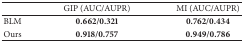
<table><thead><tr><td><b> </b></td><td><b>GIP (AUC/AUPR)</b></td><td><b>MI (AUC/AUPR)</b></td></tr></thead><tbody><tr><td>BLM </td><td><b>0.662/0.321</b></td><td><b>0.762/0.434</b></td></tr><tr><td>Ours</td><td><b>0.918/0.757</b></td><td><b>0.949/0.786</b></td></tr></tbody></table>